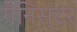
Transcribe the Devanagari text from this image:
गैनिस्टर